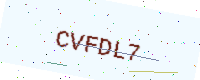
Text: CVFDL7